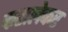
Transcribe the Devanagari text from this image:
कहालेकर